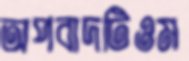
অপবাদটিওম